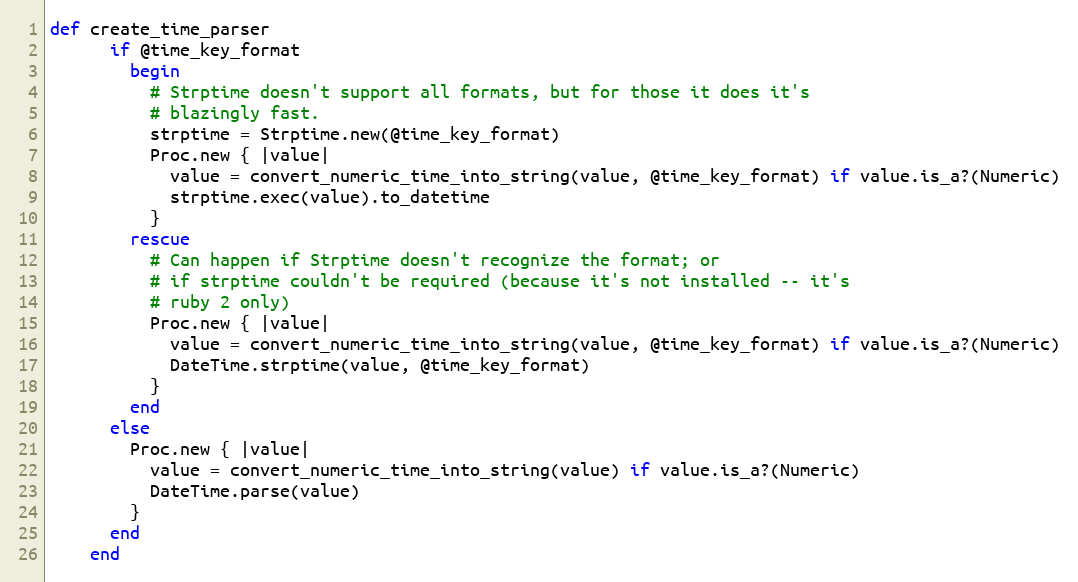
Language: Ruby
def create_time_parser
      if @time_key_format
        begin
          # Strptime doesn't support all formats, but for those it does it's
          # blazingly fast.
          strptime = Strptime.new(@time_key_format)
          Proc.new { |value|
            value = convert_numeric_time_into_string(value, @time_key_format) if value.is_a?(Numeric)
            strptime.exec(value).to_datetime
          }
        rescue
          # Can happen if Strptime doesn't recognize the format; or
          # if strptime couldn't be required (because it's not installed -- it's
          # ruby 2 only)
          Proc.new { |value|
            value = convert_numeric_time_into_string(value, @time_key_format) if value.is_a?(Numeric)
            DateTime.strptime(value, @time_key_format)
          }
        end
      else
        Proc.new { |value|
          value = convert_numeric_time_into_string(value) if value.is_a?(Numeric)
          DateTime.parse(value)
        }
      end
    end